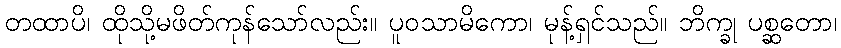
တထာပိ၊ ထိုသို့မဖိတ်ကုန်သော်လည်း။ ပူဝသာမိကော၊ မုန့်ရှင်သည်။ ဘိက္ခု ပစ္ဆတော၊